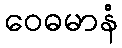
ဝေဓမာနံ